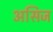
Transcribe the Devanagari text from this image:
असिज